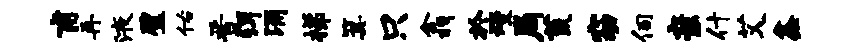
甫再液璧佑晋弭涌梯箕只翕於熳局荒窈伺亲什艾鑫